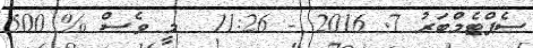
ސެޕްޓެމްބަރު 7